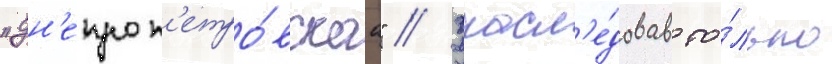
"дн'епроп'етро́вскаа" // Унасл'е́довав то́лько